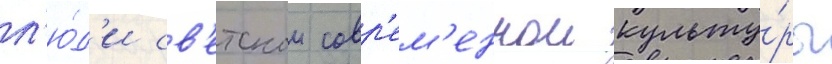
л'ю́д'и св'етскои совр'ем'еннои культу́ры